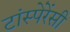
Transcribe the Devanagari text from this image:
टांस्पेरेंसी